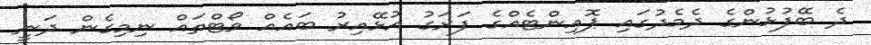
ދެ ބޭފުޅުންގެ ދެމެދުގައި ޕޮއިންޓެއްގެ ފަރަގު އުޅޭއިރު ބައެއް ވޯޓްތައް ނިމިގެން ދަނީ